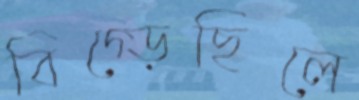
বিগ্‌ড়েছিলে